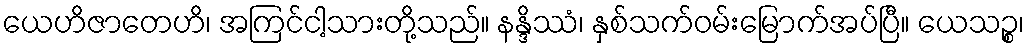
ယေဟိဇာတေဟိ၊ အကြင်ငါ့သားတို့သည်။ နန္ဒိဿံ၊ နှစ်သက်ဝမ်းမြောက်အပ်ပြီ။ ယေသဉ္စ၊